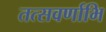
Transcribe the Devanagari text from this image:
तत्सवर्णाभि